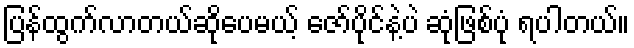
ပြန်ထွက်လာတယ်ဆိုပေမယ့် ဇော်ပိုင်နဲ့ပဲ ဆုံဖြစ်ပုံ ရပါတယ်။